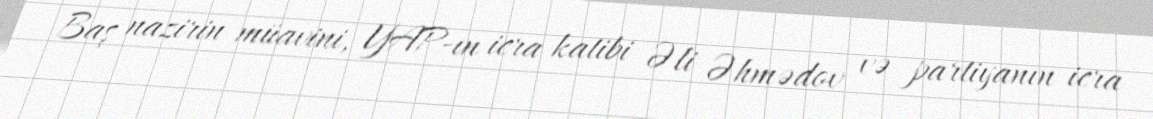
Baş nazirin müavini, YAP-ın icra katibi Əli Əhmədov və partiyanın icra